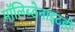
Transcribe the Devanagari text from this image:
मॉलिब्डेनाइटही